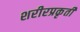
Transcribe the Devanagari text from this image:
शरीरप्रकृती